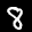
Label: 8